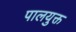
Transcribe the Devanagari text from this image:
पालयुक्त